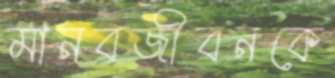
মানবজীবনকে